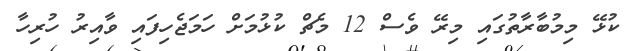
ކުޅޭ މިމުބާރާތުގައި މިރޭ ވެސް 12 މެޗް ކުޅުމަށް ހަމަޖެހިފައި ވާއިރު ހުރިހާ